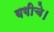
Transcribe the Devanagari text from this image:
बगीचे।